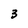
Character: 3